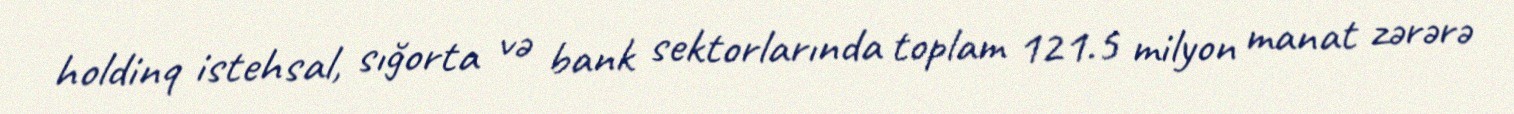
holdinq istehsal, sığorta və bank sektorlarında toplam 121.5 milyon manat zərərə